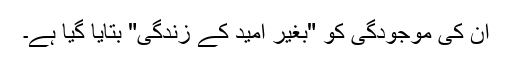
ان کی موجودگی کو "بغیر اُمید کے زندگی" بتایا گیا ہے۔